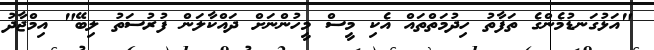
"އަޅުގަނޑުމެންގެ ތަފާތު ހިދުމަތްތައް އެކި މީސް މީހުންނަށް ދައްކާލަން ފުރުސަތު ލިބޭ" އިމްޖާދު